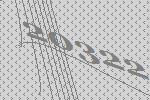
20322